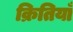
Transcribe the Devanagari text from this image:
क्रितियाँ